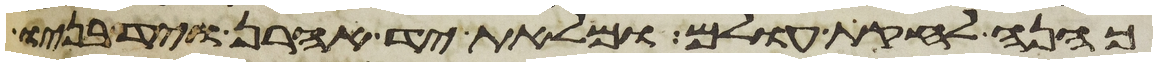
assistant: כהנה לחקת עולם ומלאת יד אהרן ויד בניו